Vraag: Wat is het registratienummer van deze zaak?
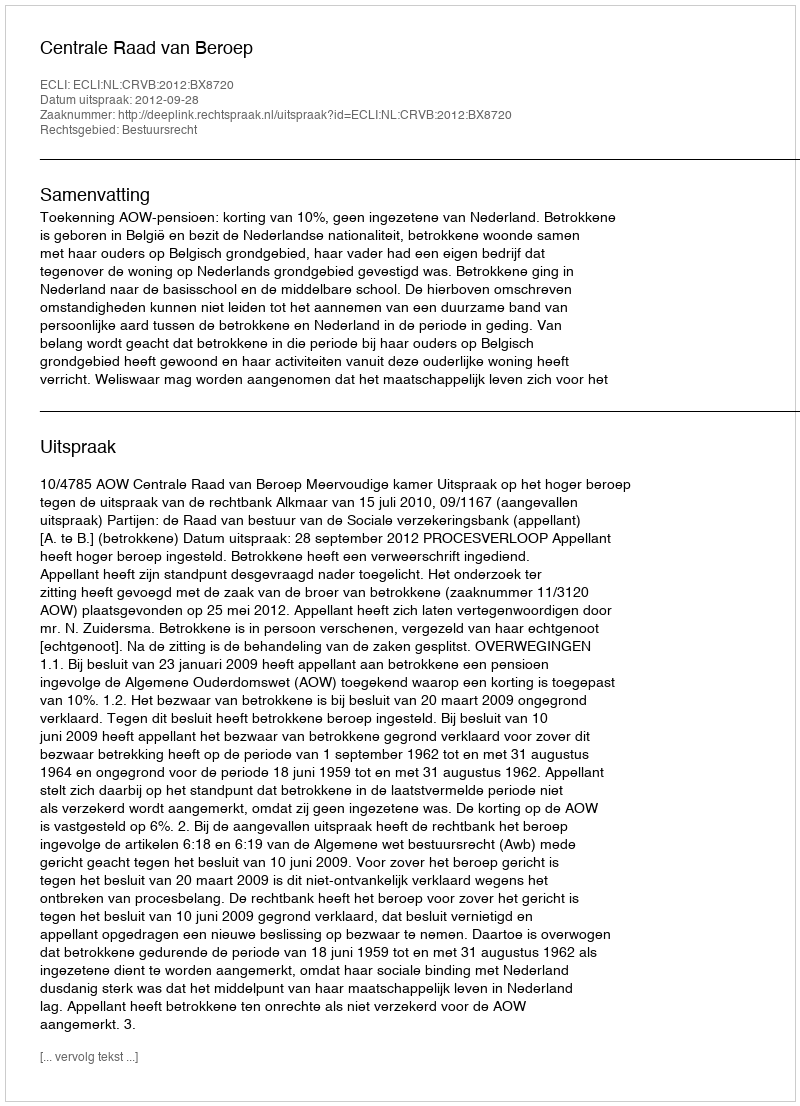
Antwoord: http://deeplink.rechtspraak.nl/uitspraak?id=ECLI:NL:CRVB:2012:BX8720